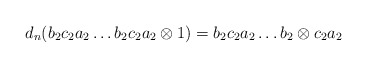
\begin{align*}d_n(b_2c_2a_2 \dots b_2c_2a_2 \otimes 1) = b_2c_2a_2 \dots b_2 \otimes c_2a_2\end{align*}